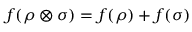
f ( \rho \otimes \sigma ) = f ( \rho ) + f ( \sigma )